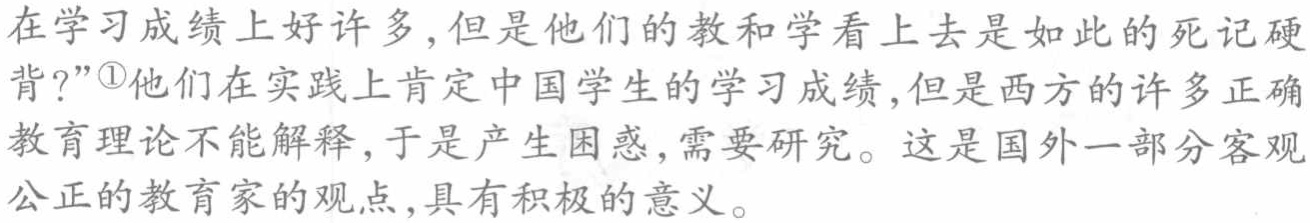
在学习成绩上好许多，但是他们的教和学看上去是如此的死记硬

背？”\textcircled{1}他们在实践上肯定中国学生的学习成绩,但是西方的许多正确

教育理论不能解释，于是产生困惑,需要研究。这是国外一部分客观

公正的教育家的观点,具有积极的意义。